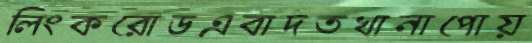
লিংকরোডএবাদতখানাপোয়